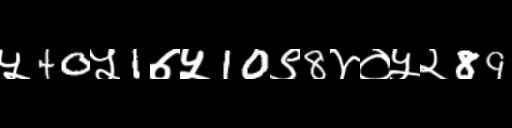
Text: ५40५1७५10९8४०५२89